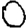
Digit: 0